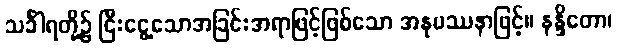
သင်္ခါရတို့၌ ငြီးငွေ့သောအခြင်းအရာဖြင့်ဖြစ်သော အနုပဿနာဖြင့်။ နန္ဒိတော၊